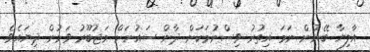
އާލިޔާ ބޭނުން ނަމަ އިތުރު ވިސްނުމަކަށް ދާން ސައުނަށް މަޖުބޫރު ވަމުން ދިޔައެވެ.